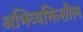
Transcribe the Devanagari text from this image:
अभिव्यक्तिशील